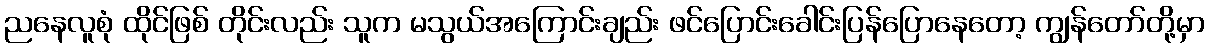
ညနေလူစုံ ထိုင်ဖြစ် တိုင်းလည်း သူက မသွယ်အကြောင်းချည်း ဖင်ပြောင်းခေါင်းပြန်ပြောနေတော့ ကျွန်တော်တို့မှာ